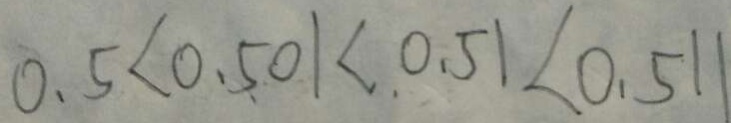
0 . 5 < 0 . 5 0 1 < 0 . 5 1 < 0 . 5 1 1